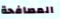
المصافحة